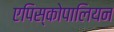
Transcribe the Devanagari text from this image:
एपिस्कोपालियन